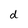
Character: d